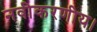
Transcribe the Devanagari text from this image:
नवीकरणीय।